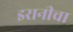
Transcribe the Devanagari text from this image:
इरानीचा